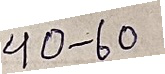
40 - 60